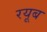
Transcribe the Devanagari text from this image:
रयूब